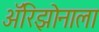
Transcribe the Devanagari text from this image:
अॅरिझोनाला